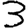
Digit: 3